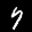
Label: 7